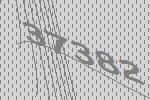
37382